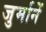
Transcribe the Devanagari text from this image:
जुर्मानें